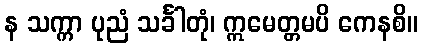
န သက္ကာ ပုညံ သင်္ခါတုံ၊ ဣမေတ္တမပိ ကေနစိ။